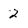
Character: 2